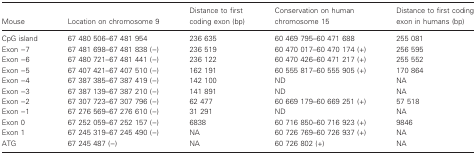
<table><thead><tr><td><b>Mouse</b></td><td><b>Location on chromosome 9</b></td><td><b>Distance to first coding exon (bp)</b></td><td><b>Conservation on human chromosome 15</b></td><td><b>Distance to first coding exon in humans (bp)</b></td></tr></thead><tbody><tr><td>CpG island</td><td>67 480 506–67 481 954</td><td>236 635</td><td>60 469 795–60 471 688</td><td>255 081</td></tr><tr><td>Exon −7</td><td>67 481 698–67 481 838 (−)</td><td>236 519</td><td>60 470 017–60 470 174 (+)</td><td>256 595</td></tr><tr><td>Exon −6</td><td>67 480 721–67 481 441 (−)</td><td>236 122</td><td>60 470 426–60 471 217 (+)</td><td>255 552</td></tr><tr><td>Exon −5</td><td>67 407 421–67 407 510 (−)</td><td>162 191</td><td>60 555 817–60 555 905 (+)</td><td>170 864</td></tr><tr><td>Exon −4</td><td>67 387 385–67 387 419 (−)</td><td>142 100</td><td>ND</td><td>NA</td></tr><tr><td>Exon −3</td><td>67 387 139–67 387 210 (−)</td><td>141 891</td><td>ND</td><td>NA</td></tr><tr><td>Exon −2</td><td>67 307 723–67 307 796 (−)</td><td>62 477</td><td>60 669 179–60 669 251 (+)</td><td>57 518</td></tr><tr><td>Exon −1</td><td>67 276 569–67 276 610 (−)</td><td>31 291</td><td>ND</td><td>NA</td></tr><tr><td>Exon 0</td><td>67 252 059–67 252 157 (−)</td><td>6838</td><td>60 716 850–60 716 923 (+)</td><td>9846</td></tr><tr><td>Exon 1</td><td>67 245 319–67 245 490 (−)</td><td>NA</td><td>60 726 769–60 726 937 (+)</td><td>NA</td></tr><tr><td>ATG</td><td>67 245 487 (−)</td><td>NA</td><td>60 726 802 (+)</td><td>NA</td></tr></tbody></table>